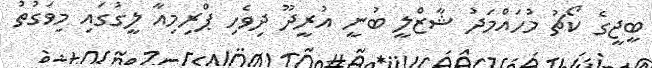
ބީޖީގެ ކޯޗު މުހައްމަދު ޝާޒްލީ ބުނީ އުރީދޫ ދިވެހި ޕްރިމިއާ ލީގުގައި މިވަގުތު